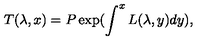
T ( \lambda , x ) = P \exp ( \int ^ { x } L ( \lambda , y ) d y ) ,